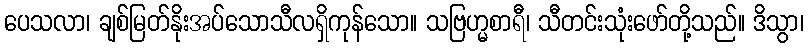
ပေသလာ၊ ချစ်မြတ်နိုးအပ်သောသီလရှိကုန်သော။ သဗြဟ္မစာရီ၊ သီတင်းသုံးဖော်တို့သည်။ ဒိသွာ၊